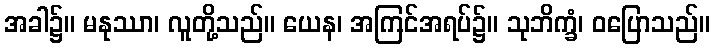
အခါ၌။ မနုဿာ၊ လူတို့သည်။ ယေန၊ အကြင်အရပ်၌။ သုဘိက္ခံ၊ ဝပြောသည်။